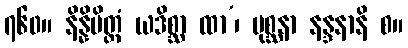
၇၆၀။ နိန္နိမိတ္တံ ယဒိစ္ဆာ ထာ’၊ ပုစ္ဆနာ နန္ဒနာနိ စ။